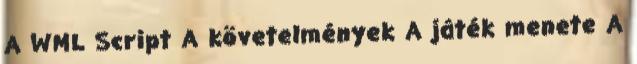
A WML Script A követelmények A játék menete A